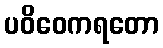
ပဝိဝေကရတော